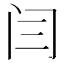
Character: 闫